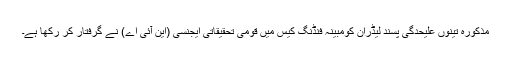
مذکورہ تینوں علیحدگی پسند لیڈران کومبینہ فنڈنگ کیس میں قومی تحقیقاتی ایجنسی (این آئی اے) نے گرفتار کر رکھا ہے۔